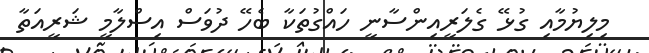
މިލިޔުމާއި ގުޅޭ ގެލަރީއިންސާނީ ހައްގުތަކާ ބެހޭ ދުވަސް އިސްލާމީ ޝަރީއަތާ